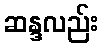
ဆန္ဒလည်း